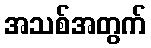
အသစ်အတွက်